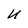
Character: U